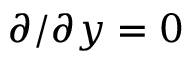
\partial / \partial y = 0